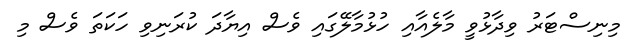
މިނިސްޓަރު ވިދާޅުވީ މާލެއާއި ހުޅުމާލޭގައި ވެސް އިޔާދަ ކުރަނިވި ހަކަތަ ވެސް މި